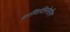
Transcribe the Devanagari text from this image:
थरींगजिनेसीस